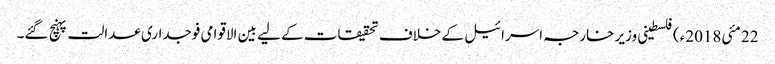
22 مئی2018ء) فلسطینی وزیر خارجہ اسرائیل کے خلاف تحقیقات کے لیے بین الاقوامی فوجداری عدالت پہنچ گئے۔